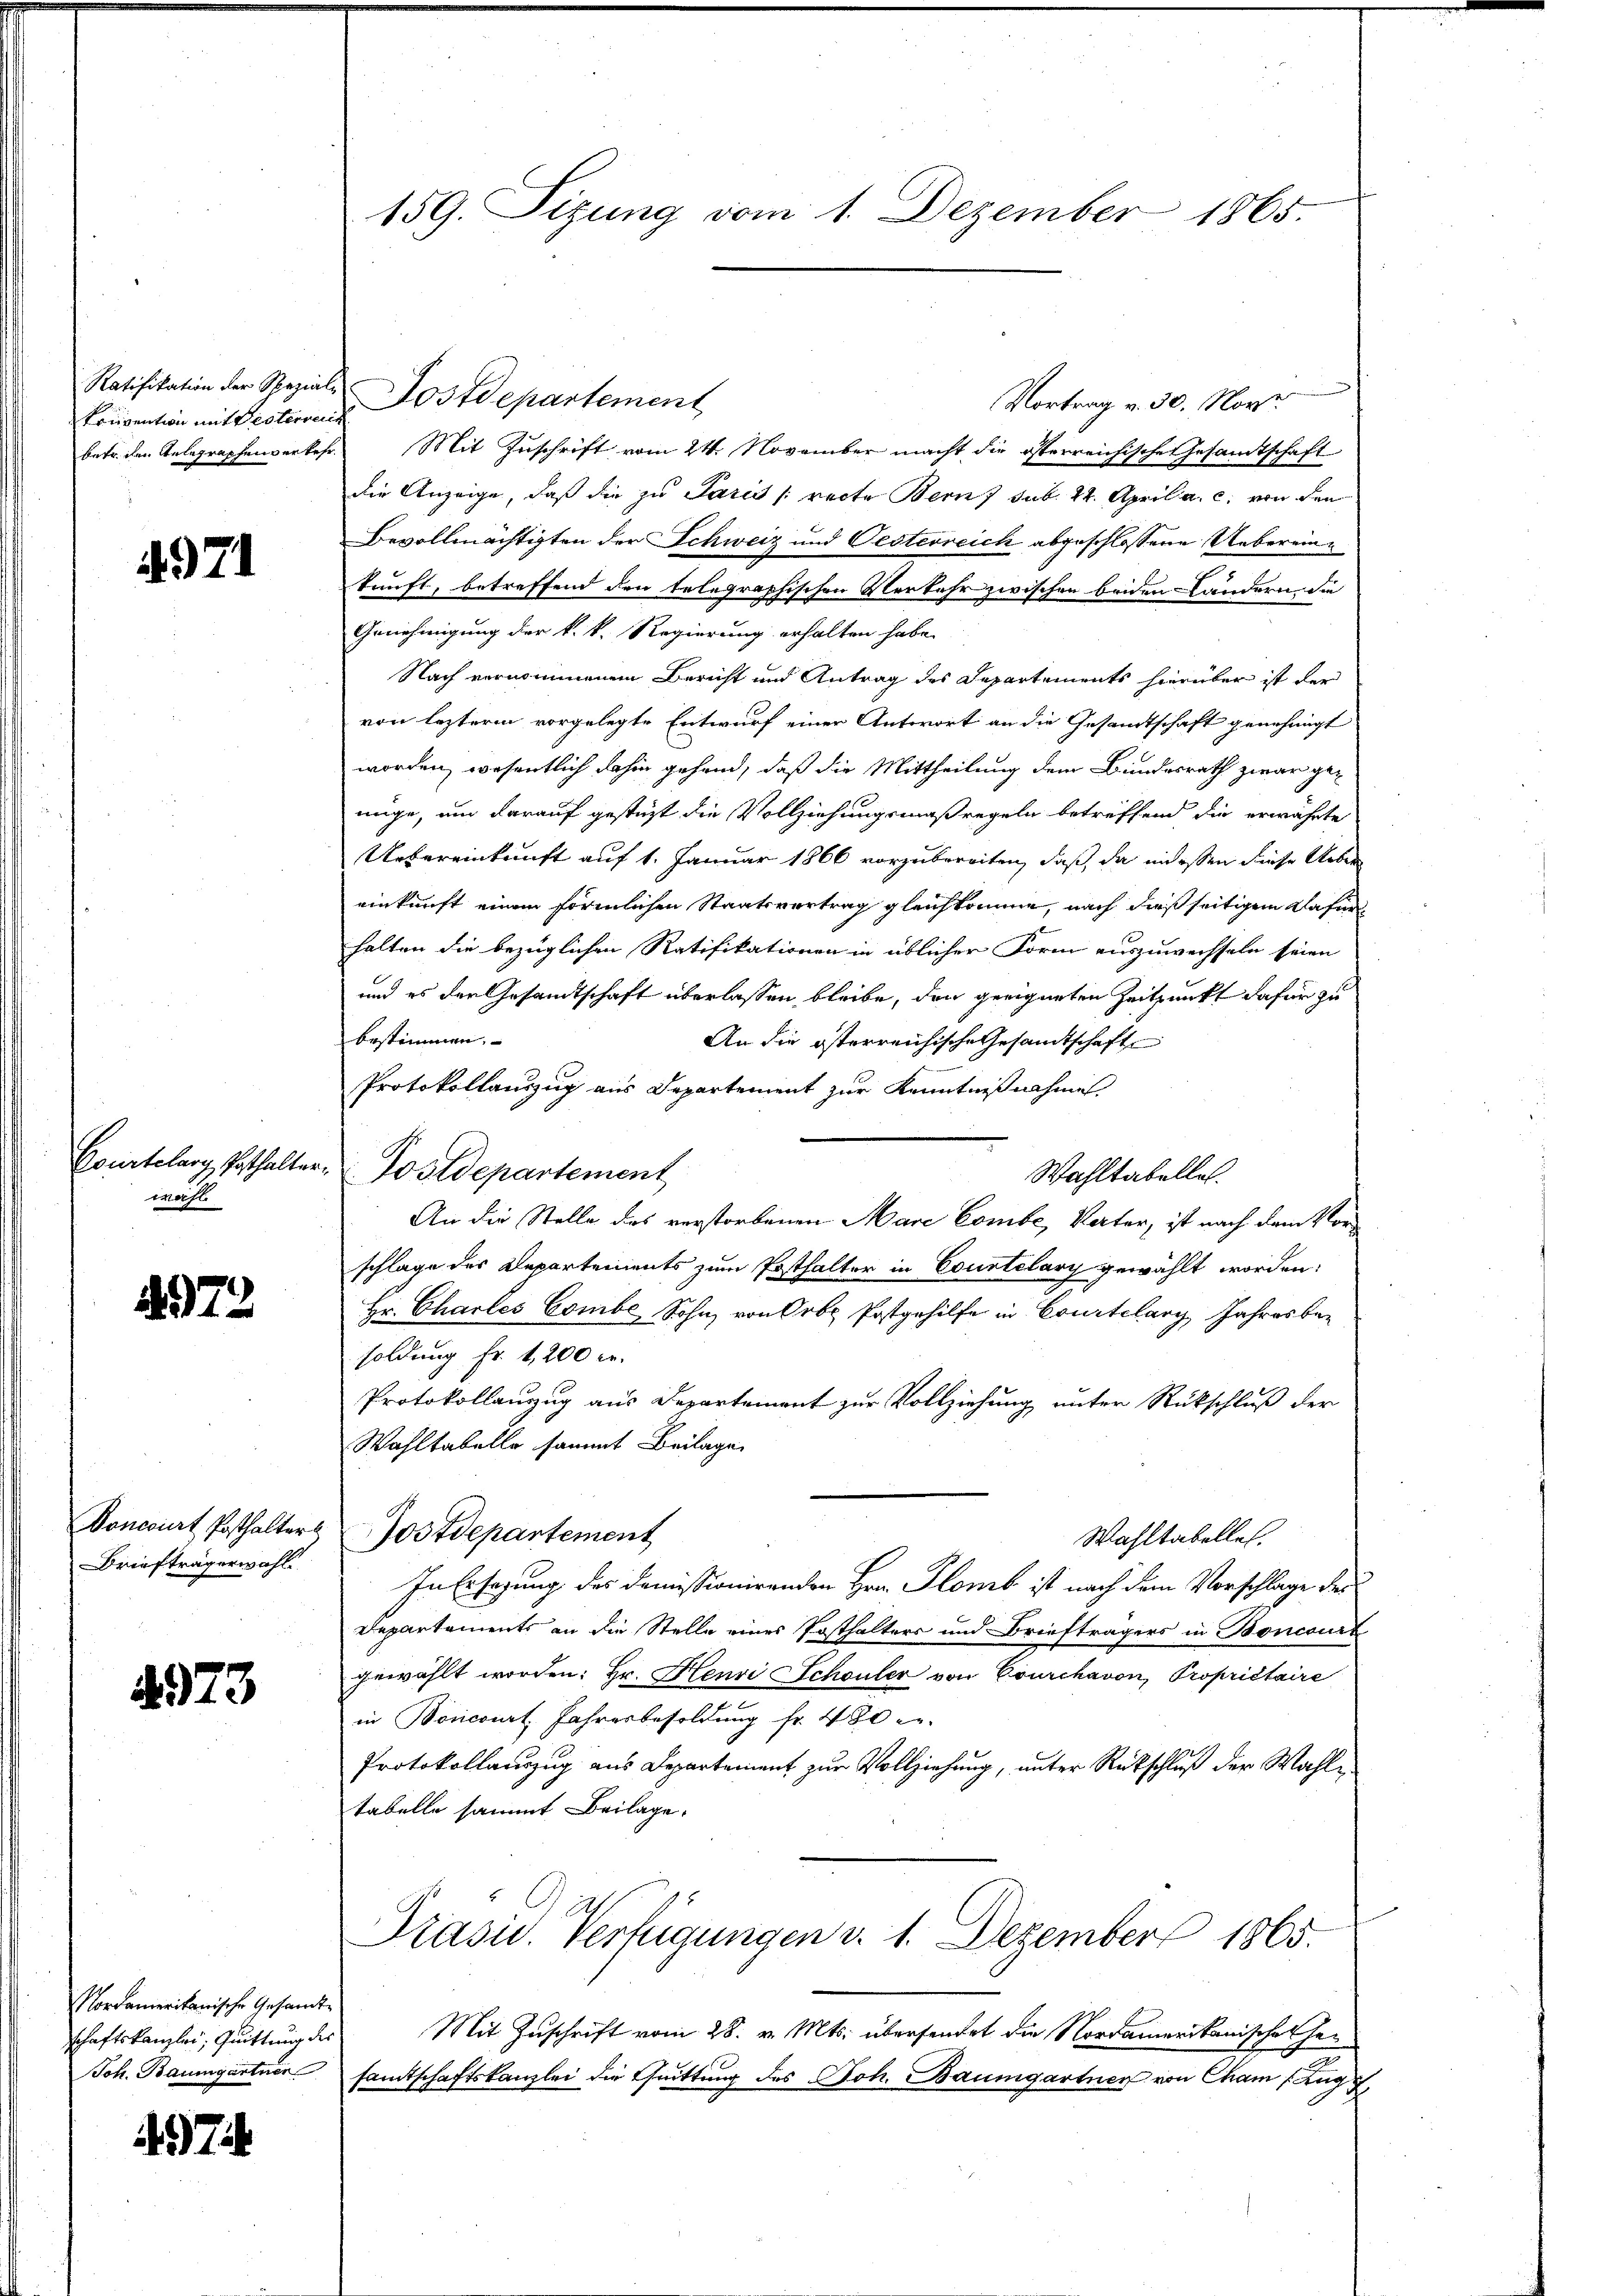
Ratifikation der Spezial¬
Konvention mit Festerreich

4971

wähl

972.

Briefträgerwahl

4973

Nordamerikanische Gesandte
schaftskanzlei, Quittung des

474

159. Sizung vom 1. Dezember 1865.

Postdepartement
Vortrag v. 30. Nov.
betr. den Anlegraphenverkehr. Mit Zuschrift vom 24. November macht die österreichische Gesamtschaft
die Anzeige, daß die zu Paris [recte Bern f sub. 24. April a. c. von den
Bevollmächtigten der Schweiz und Oesterreich abgeschlossene Uebereinkunft, betreffend den telegraphischen Verkehr zwischen beiden Ländern, die
Genehmigung der k. k. Regierung erhalten habe.
Nach vernommenen Bericht und Antrag des Departements hierüber ist der
von leztere vorgelegte Entwurf einer Antwort an die Gesandtschaft genehmigt
worden, wesentlich dahin gehend, daß die Mittheilung dem Bundesrath zwar gemüge, um darauf gestüzt die Vollziehungsmaßregeln betreffend die erwähnte
Uebereinkunft auf 1. Januar 1866 vorzubereiten, daß, da indessen diese Ueber
einkunft einem förmlichen Staatsvertrag gleichkomme, nach dießseitigem Dafür
halten die bezüglichen Ratifikationen in üblicher Form auszuwechseln seien
und es den Gesandtschaft überlassen bleibe, den geeigneten Zeitpunkt dafür zu
bestimmen.
An die österreichische Gesandtschaft
Protokollauszug aus Departement zur Kenntnißnahmen
Courtelary Posthalter-Postdepartement
Wahltabelle.
An die Stelle des verstorbenen Mare Combe, Vater, ist nach dem Vorschlage des Departements zum Posthalter in Courtelary gewählt worden:
Hr. Chartes Combe, Sohn von Orte Postgehilfe in Courtelary Jahresbe-
soldung Fr. 1,200 fr.
Protokollanzug aus Departement zur Vollziehung unter Rückschluß der
Wahltabello sammt Beilage
Voncourt Posthalters Jostdepartement
Wahltabelles.
In Ersezung des domissionirenden Hrn. Flomb ist nach dem Vorschlage des
Departaments an die Stelle eines Posthalters und Briefträgers in Boncourt
gewählt worden: Hr. Henri Schönler von Courchavon, Propriétaire
in Boncourt Jahresbesoldung fr. 480 en
Protokollauszug aus Departement zur Vollziehung, unter Rückschluß der Wahlitabelle sammt Beilage.
Prasis. Verfügungen d. 1. Dezember 1865.
Mit Zuschrift vom 28. v. Mts. übersendet die Nordamerikanischen Hei¬
Joh. Baumgartner samtschaftskanzlei die Chrittung des Joh. Baumgartner von Cham (Zug